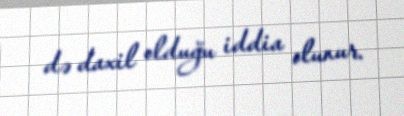
də daxil olduğu iddia olunur.